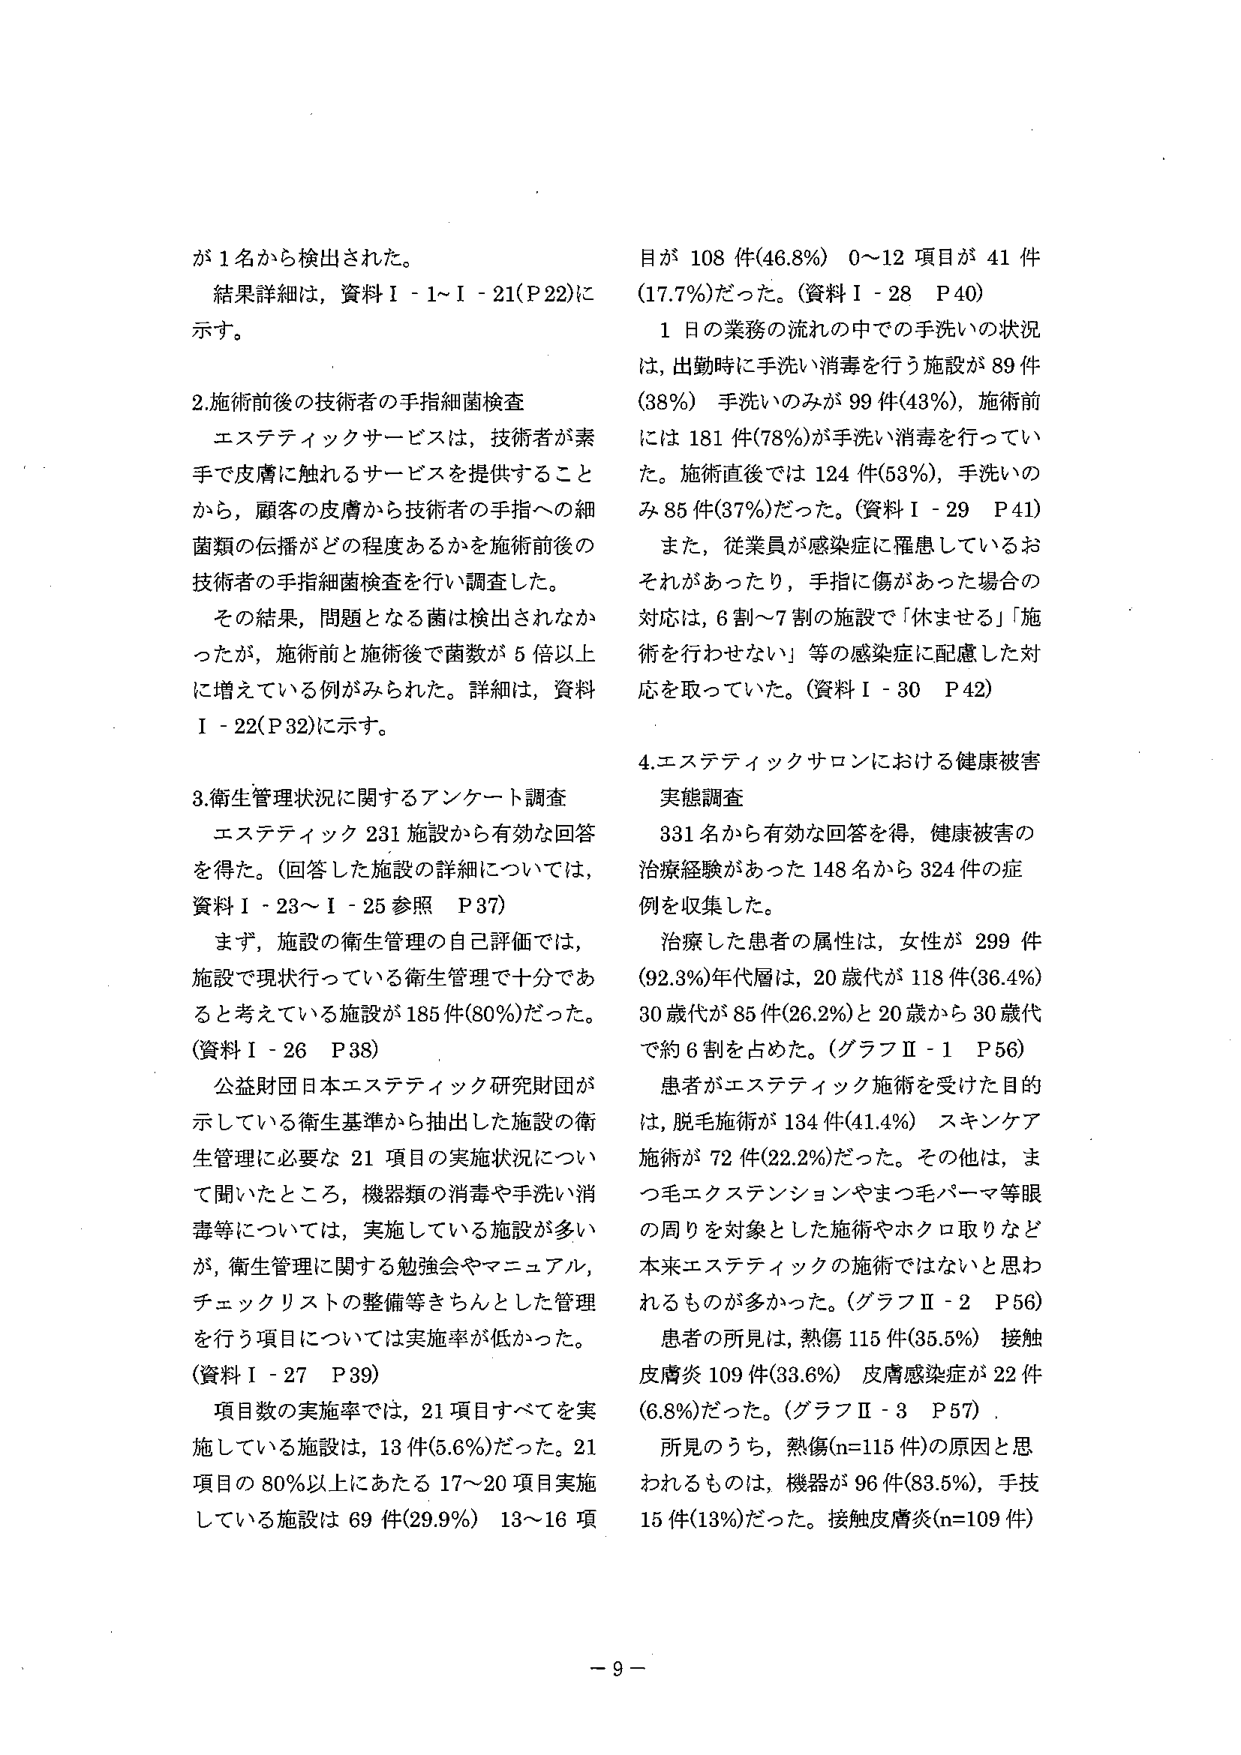
が１名から検出された。
結果詳細は，資料Ⅰ－１～Ⅰ－２１（Ｐ２２）に示す。

２．施術前後の技術者の手指細菌検査
エステティックサービスは，技術者が素手で皮膚に触れるサービスを提供することから，顧客の皮膚から技術者の手指への細菌類の伝播がどの程度あるかを施術前後の技術者の手指細菌検査を行い調査した。
その結果，問題となる菌は検出されなかったが，施術前と施術後で菌数が５倍以上に増えている例がみられた。詳細は，資料Ⅰ－２２（Ｐ３２）に示す。

３．衛生管理状況に関するアンケート調査
エステティック２３１施設から有効な回答を得た。（回答した施設の詳細については，資料Ⅰ－２３～Ⅰ－２５参照　Ｐ３７）
まず，施設の衛生管理の自己評価では，施設で現状行っている衛生管理で十分であると考えている施設が１８５件（８０％）だった。（資料Ⅰ－２６　Ｐ３８）
公益財団日本エステティック研究財団が示している衛生基準から抽出した施設の衛生管理に必要な２１項目の実施状況について聞いたところ，機器類の消毒や手洗い消毒等については，実施している施設が多いが，衛生管理に関する勉強会やマニュアル，チェックリストの整備等きちんとした管理を行う項目については実施率が低かった。（資料Ⅰ－２７　Ｐ３９）
項目数の実施率では，２１項目すべてを実施している施設は，１３件（５．６％）だった。２１項目の８０％以上にあたる１７～２０項目実施している施設は６９件（２９．９％）　１３～１６項目が１０８件（４６．８％）　０～１２項目が４１件（１７．７％）だった。（資料Ⅰ－２８　Ｐ４０）
１日の業務の流れの中での手洗いの状況は，出勤時に手洗い消毒を行う施設が８９件（３８％）　手洗いのみが９９件（４３％），施術前には１８１件（７８％）が手洗い消毒を行っていた。施術直後では１２４件（５３％），手洗いのみ８５件（３７％）だった。（資料Ⅰ－２９　Ｐ４１）
また，従業員が感染症に罹患しているおそれがあったり，手指に傷があった場合の対応は，６割～７割の施設で「休ませる」「施術を行わせない」等の感染症に配慮した対応を取っていた。（資料Ⅰ－３０　Ｐ４２）

４．エステティックサロンにおける健康被害実態調査
３３１名から有効な回答を得，健康被害の治療経験があった１４８名から３２４件の症例を収集した。
治療した患者の属性は，女性が２９９件（９２．３％）年代層は，２０歳代が１１８件（３６．４％）　３０歳代が８５件（２６．２％）と２０歳から３０歳代で約６割を占めた。（グラフⅡ－１　Ｐ５６）
患者がエステティック施術を受けた目的は，脱毛施術が１３４件（４１．４％）　スキンケア施術が７２件（２２．２％）だった。その他は，まつ毛エクステンションやまつ毛パーマ等眼の周りを対象とした施術やホクロ取りなど本来エステティックの施術ではないと思われるものが多かった。（グラフⅡ－２　Ｐ５６）
患者の所見は，熱傷１１５件（３５．５％）　接触皮膚炎１０９件（３３．６％）　皮膚感染症が２２件（６．８％）だった。（グラフⅡ－３　Ｐ５７）
所見のうち，熱傷（ｎ＝１１５件）の原因と思われるものは，機器が９６件（８３．５％），手技１５件（１３％）だった。接触皮膚炎（ｎ＝１０９件）

－９－